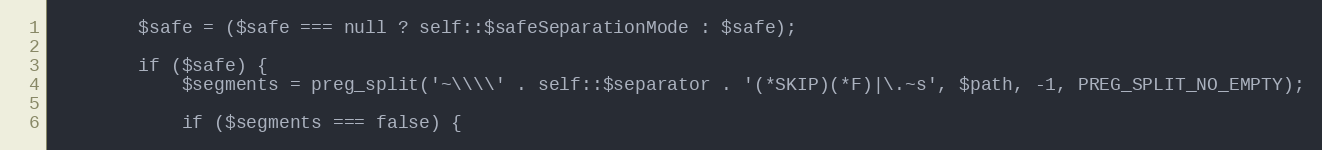
Language: PHP
        $safe = ($safe === null ? self::$safeSeparationMode : $safe);

        if ($safe) {
            $segments = preg_split('~\\\\' . self::$separator . '(*SKIP)(*F)|\.~s', $path, -1, PREG_SPLIT_NO_EMPTY);

            if ($segments === false) {